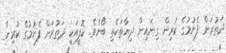
ދަތުރަށް ފެށުމުގެ ކުރިން ގިނައިން ދިޔާތަކެތި ބޯށެވެ. ކޮފީއަކީ ދަތުރަށް ފެށުމުގެ ކުރިން